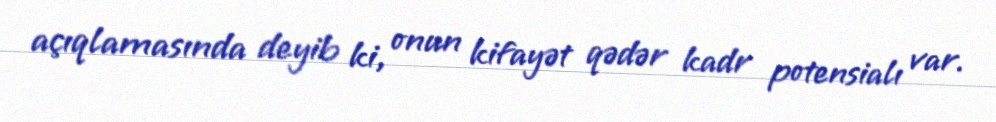
açıqlamasında deyib ki, onun kifayət qədər kadr potensialı var.